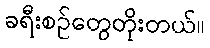
ခရီးစဉ်တွေတိုးတယ်။